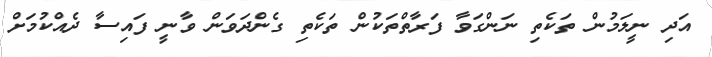
އަދި ނީލަމުން ތަކެތި ނަންގަވާ ފަރާތްތަކުން ތަކެތި ގެންދަވަން ވާނީ ފައިސާ ދެއްކުމަށް